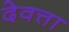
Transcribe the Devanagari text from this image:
देवत्ता